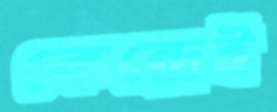
কেন্দ্রেই